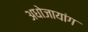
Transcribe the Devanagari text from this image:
अधोजायांग